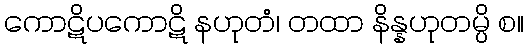
ကောဋိပကောဋိ နဟုတံ၊ တထာ နိန္နဟုတမ္ပိ စ။